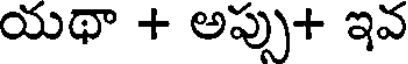
యథా + అప్పు+ ఇవ